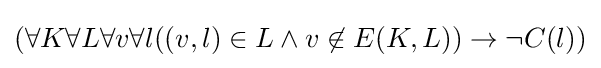
(\forall K\forall L\forall v\forall l((v,l)\in L\land v\not \in E(K,L))\to \neg C(l))